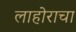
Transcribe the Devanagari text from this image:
लाहोराचा